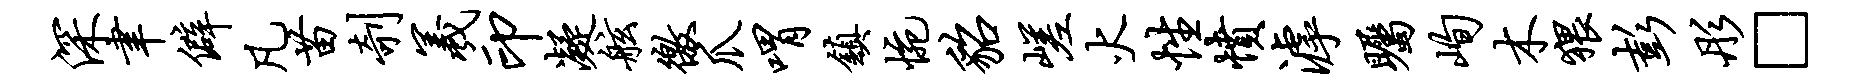
深聿僻凡苗剞羲印凝舷徼爪喟镇惋貂嵯火性愤滹瞩峋木猥彭彤□